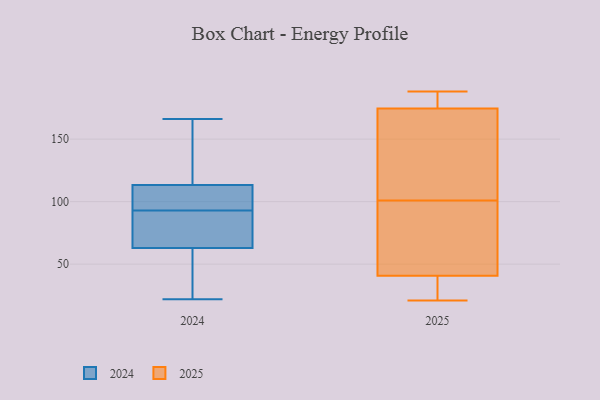
{"axis": {"x": "Active Users", "y": "Value"}, "legend": ["2024", "2025"], "data": [{"x": "", "y": 36, "type": "2024"}, {"x": "", "y": 51, "type": "2024"}, {"x": "", "y": 22, "type": "2024"}, {"x": "", "y": 67, "type": "2024"}, {"x": "", "y": 106, "type": "2024"}, {"x": "", "y": 166, "type": "2024"}, {"x": "", "y": 68, "type": "2024"}, {"x": "", "y": 73, "type": "2024"}, {"x": "", "y": 135, "type": "2024"}, {"x": "", "y": 100, "type": "2024"}, {"x": "", "y": 93, "type": "2024"}, {"x": "", "y": 99, "type": "2024"}, {"x": "", "y": 146, "type": "2024"}, {"x": "", "y": 91, "type": "2025"}, {"x": "", "y": 26, "type": "2025"}, {"x": "", "y": 182, "type": "2025"}, {"x": "", "y": 173, "type": "2025"}, {"x": "", "y": 23, "type": "2025"}, {"x": "", "y": 110, "type": "2025"}, {"x": "", "y": 40, "type": "2025"}, {"x": "", "y": 179, "type": "2025"}, {"x": "", "y": 114, "type": "2025"}, {"x": "", "y": 181, "type": "2025"}, {"x": "", "y": 188, "type": "2025"}, {"x": "", "y": 175, "type": "2025"}, {"x": "", "y": 171, "type": "2025"}, {"x": "", "y": 30, "type": "2025"}, {"x": "", "y": 101, "type": "2025"}, {"x": "", "y": 43, "type": "2025"}, {"x": "", "y": 84, "type": "2025"}, {"x": "", "y": 21, "type": "2025"}, {"x": "", "y": 56, "type": "2025"}]}